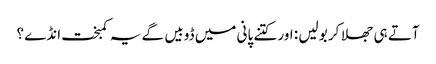
آتے ہی جھلا کر بولیں : اور کتنے پانی میں ڈوبیں گے یہ کمبخت انڈے ؟